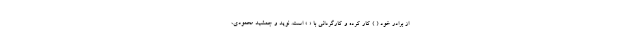
از برادر خود ( ) کار کرده و کارگردانی با « » است. نوید و جمشید محمودی،